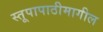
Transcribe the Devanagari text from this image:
स्तूपापाठीमागील